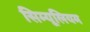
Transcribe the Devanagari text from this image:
सिम्यूलियम